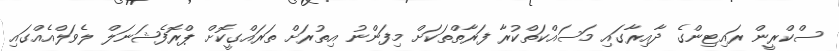
ސްކްރީން ރައިޓިންގެ ދާއިރާގައި މަސައްކަތްކުރާ ފަރާތްތަކަށް މިފަންނު އިތުރަށް ތަރައްގީކޮށް ޕްރޮފެޝަނަލް ލެވަލްއެއްގައި